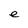
Character: e